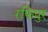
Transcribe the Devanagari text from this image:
रफिपुर